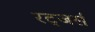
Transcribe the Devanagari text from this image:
रट्जर्स